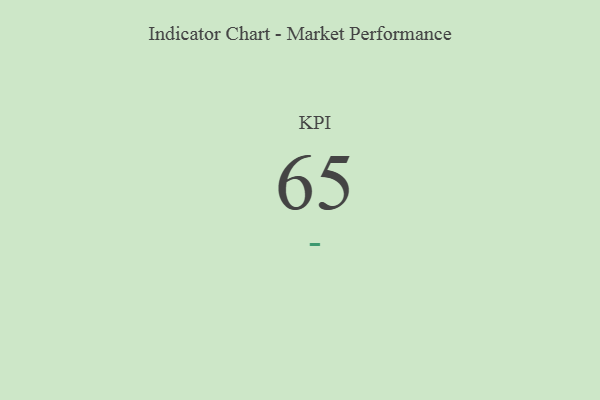
{"axis": {"x": "KPI", "y": "Value"}, "legend": [""], "data": [{"x": "KPI", "y": 65, "type": ""}]}